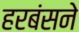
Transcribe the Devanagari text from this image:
हरबंसने